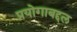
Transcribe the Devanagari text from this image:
प्रयोगाबद्दल